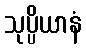
သုပ္ပိယာနံ